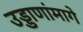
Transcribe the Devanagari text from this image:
उड्डाणांमागे